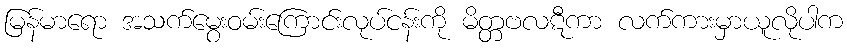
မြန်မာရော အသက်မွေးဝမ်းကြောင်းလုပ်ငန်းကို မိတ္တဗလဋီကာ လက်ကားမှာယူလိုပါက